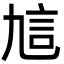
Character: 訄